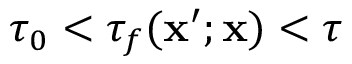
\tau _ { 0 } < \tau _ { f } ( \mathbf { x } ^ { \prime } ; \mathbf { x } ) < \tau